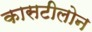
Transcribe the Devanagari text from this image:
कासटीलोन